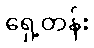
ရှေ့တန်း